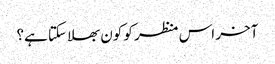
آخر اس منظر کو کون بھلا سکتا ہے؟